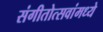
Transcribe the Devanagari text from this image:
संगीतोत्सवांमध्ये